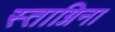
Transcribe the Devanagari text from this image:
स्ताग्निना